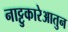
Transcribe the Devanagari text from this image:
नाट्टुकारेआतुन